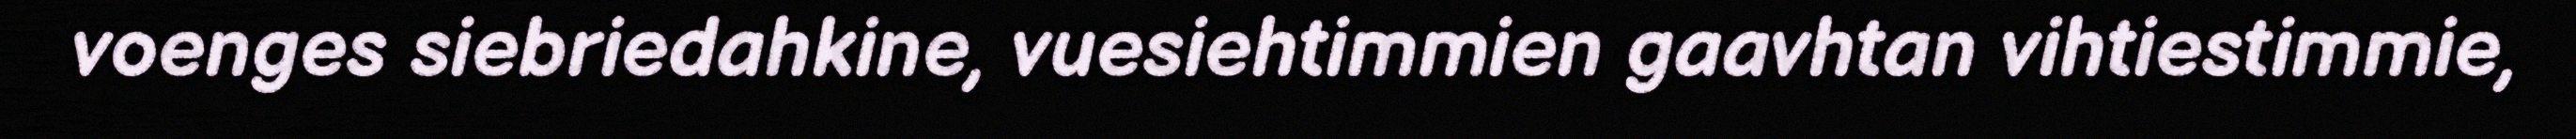
voenges siebriedahkine, vuesiehtimmien gaavhtan vihtiestimmie,